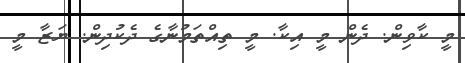
މީ ކާވިން. ދެން މީ އިކާ. މީ ތިއްތަމުނާގެ ދެކުދިން. ޔަޒާ މީ